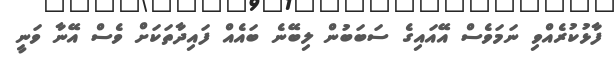
ފާޅުކުރެއްވި ނަމަވެސް އޭއައިގެ ސަބަބުން ލިބޭނެ ބައެއް ފައިދާތަކަށް ވެސް އޭނާ ވަނީ